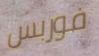
فوربس